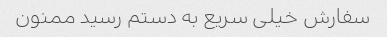
سفارش خیلی سریع به دستم رسید ممنون